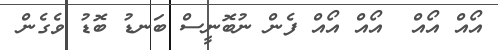
އޯއް އޯއް  އޯއް އޯއް ފެން ނުބޮނީސް ބަނޑު ބޮޑު ވެގެން